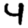
Digit: 4